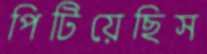
পিটিয়েছিস